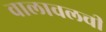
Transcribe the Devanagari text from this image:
वालावलची